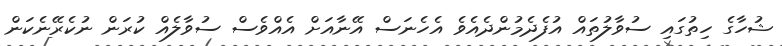
ޝުހާގެ ހިތުގައި ސުވާލުތައް އުފެދެމުންދެއެވެ އެހެނަސް އޭނާއަށް އެއްވެސް ސުވާލެއް ކުރަން ނުކެރޭނެކަން